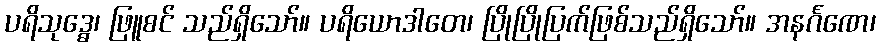
ပရိသုဒ္ဓေ၊ ဖြူစင် သည်ရှိသော်။ ပရိယောဒါတေ၊ ပြိုပြိုပြက်ဖြစ်သည်ရှိသော်။ အနင်္ဂဏေ၊